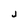
Character: j